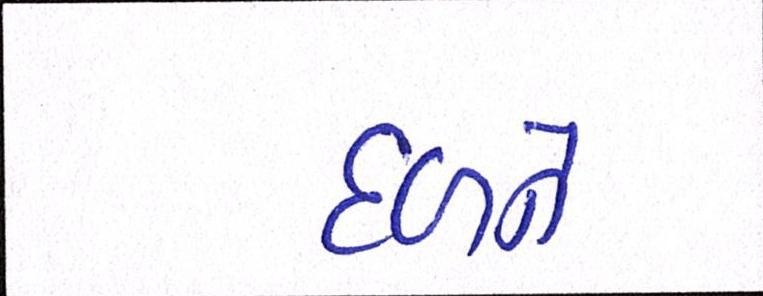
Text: દળને